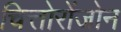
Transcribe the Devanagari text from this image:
चित्तोरोंजोन